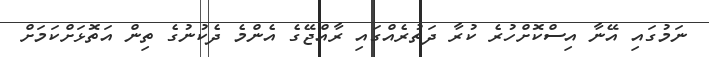
ނަމުގައި އޭނާ އިސްކޮށްހުރެ ކުރާ ދަތުރެއްގައި ރާއްޖޭގެ އެންމެ ދެކުނުގެ ތިން އަތޮޅަށްކަމަށް